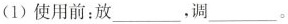
(1)使用前：放 ___ ，调 ___ 。